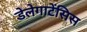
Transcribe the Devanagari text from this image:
डेलेगाटेंसिस